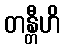
တန္တီဟိ